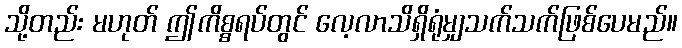
သို့တည်း မဟုတ် ဤကိစ္စရပ်တွင် လေ့လာသိရှိရုံမျှသက်သက်ဖြစ်ပေမည်။